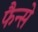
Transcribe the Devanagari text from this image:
फैन्से